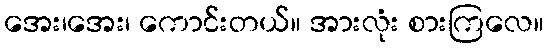
အေး၊အေး၊ ကောင်းတယ်။ အားလုံး စားကြလေ။